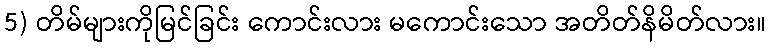
5) တိမ်များကိုမြင်ခြင်း ကောင်းလား မကောင်းသော အတိတ်နိမိတ်လား။